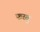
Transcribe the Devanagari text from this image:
फरवु